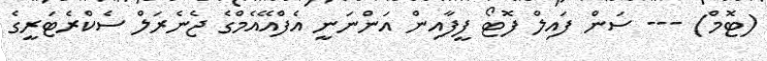
(ޓޮމް) --- ސަން ފައިލް ފޮޓޯ ފީފާއިން އަންނަނީ އެފްއޭއެމްގެ ޖެނެރަލް ސެކްރެޓަރީގެ